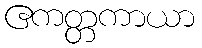
ဧကတ္တကာယာ